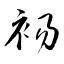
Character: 裼